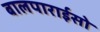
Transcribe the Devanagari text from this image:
बालपाराईसो